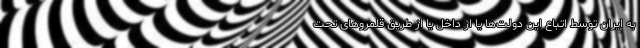
به ایران توسط اتباع این دولت‌ها یا از داخل یا از طریق قلمروهای تحت